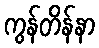
ကွန်တိန်နာ